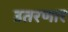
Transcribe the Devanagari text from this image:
उतरणार